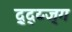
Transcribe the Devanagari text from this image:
द्र्द्य्ज्ग